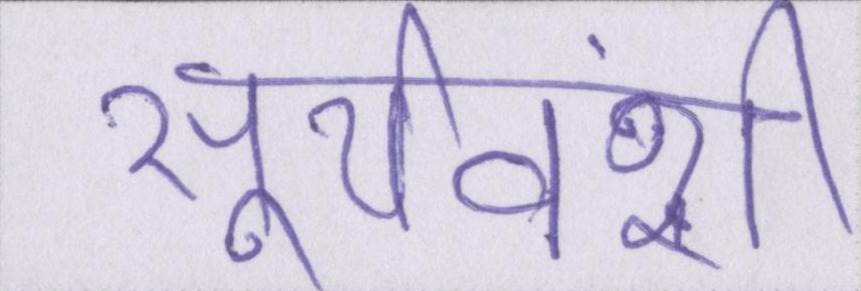
सूर्यवंशी